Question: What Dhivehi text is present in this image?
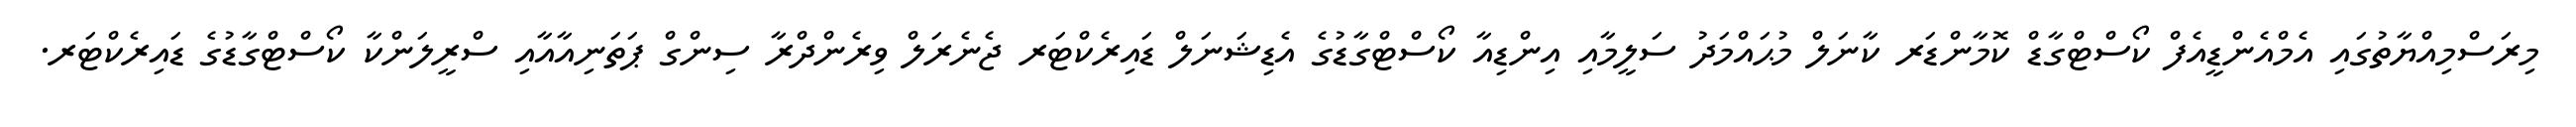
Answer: މިރަސްމިއްޔާތުގައި އެމްއެންޑީއެފް ކޯސްޓްގާޑް ކޮމާންޑަރ ކާނަލް މުޙައްމަދު ސަލީމާއި އިންޑިއާ ކޯސްޓްގާޑުގެ އެޑިޝަނަލް ޑައިރެކްޓަރ ޖެނެރަލް ވިރެންދްރާ ސިންގް ޕަތަނިއާއާއި ސްރީލަންކާ ކޯސްޓްގާޑުގެ ޑައިރެކްޓަރ.